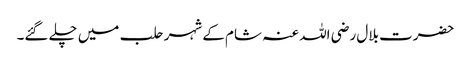
حضرت بلال رضی اللہ عنہ شام کے شہر حلب میں چلے گئے۔